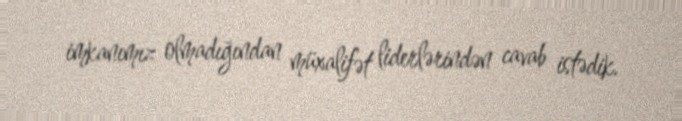
imkanımız olmadığından müxalifət liderlərindən cavab istədik.